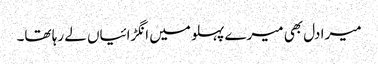
میرا دل بھی میرے پہلو میں انگڑائیاں لے رہا تھا۔